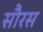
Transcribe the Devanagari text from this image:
सौरस